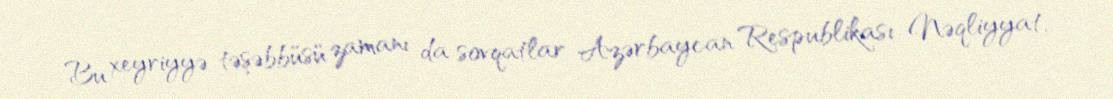
Bu xeyriyyə təşəbbüsü zamanı da sovqatlar Azərbaycan Respublikası Nəqliyyat,